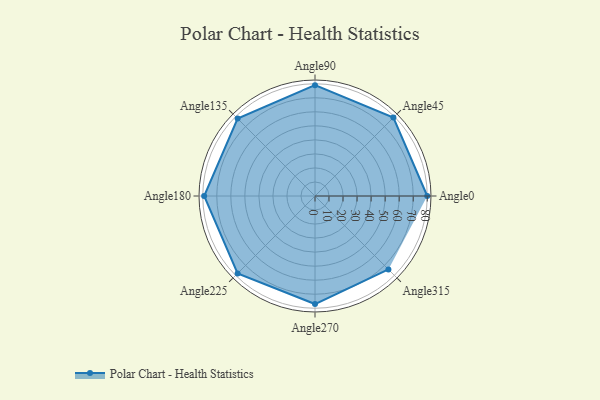
{"axis": {"x": "Angle", "y": "Radius"}, "legend": [""], "data": [{"x": "Angle0", "y": 80.0, "type": ""}, {"x": "Angle45", "y": 79.0, "type": ""}, {"x": "Angle90", "y": 79.0, "type": ""}, {"x": "Angle135", "y": 78.0, "type": ""}, {"x": "Angle180", "y": 79.0, "type": ""}, {"x": "Angle225", "y": 78.0, "type": ""}, {"x": "Angle270", "y": 77.0, "type": ""}, {"x": "Angle315", "y": 74.0, "type": ""}]}